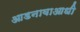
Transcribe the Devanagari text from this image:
आडनावाआधी